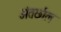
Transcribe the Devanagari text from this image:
अंतर्छाल